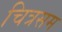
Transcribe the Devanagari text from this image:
चित्रसम